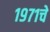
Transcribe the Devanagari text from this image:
१९७१चे